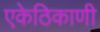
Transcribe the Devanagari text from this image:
एकेठिकाणी